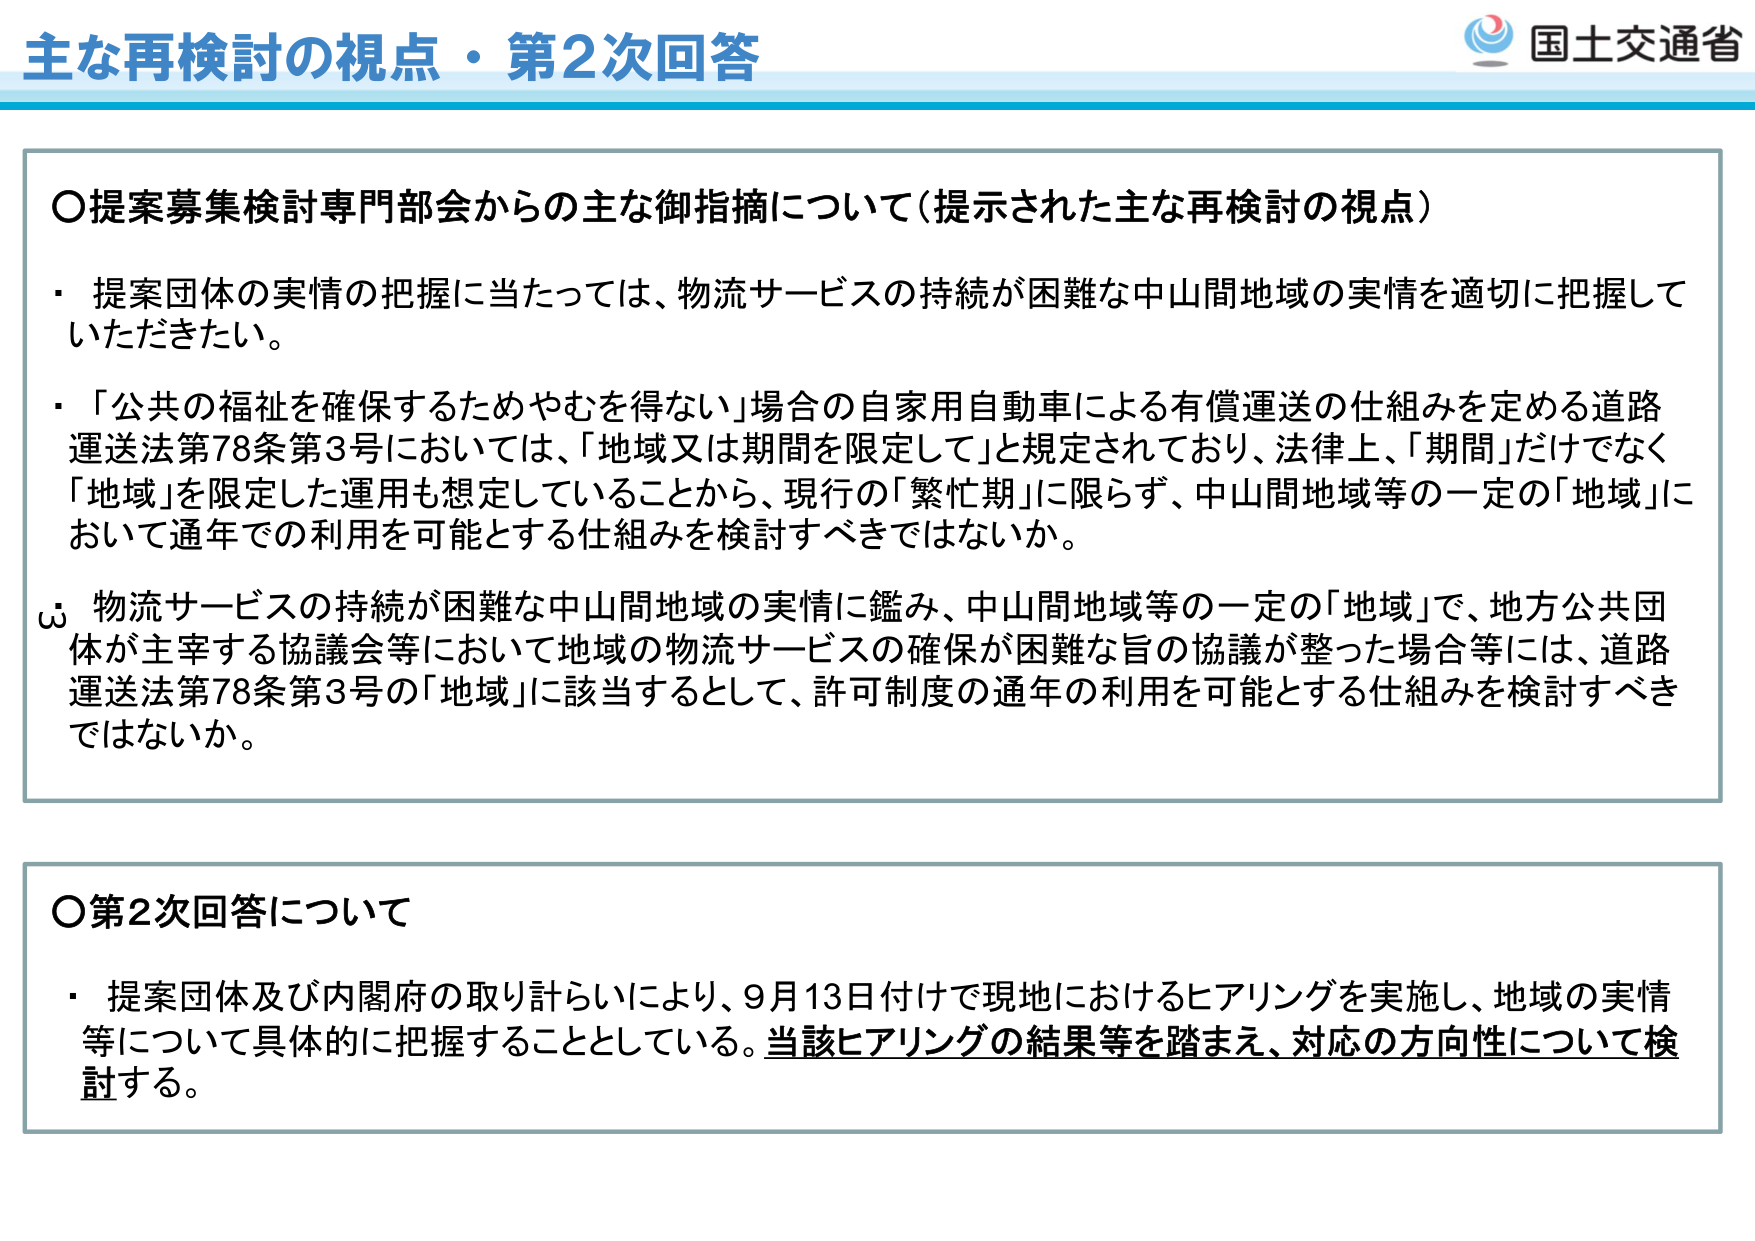
主な再検討の視点・第2次回答

○提案募集検討専門部会からの主な御指摘について（提示された主な再検討の視点）
・提案団体の実情の把握に当たっては、物流サービスの持続が困難な中山間地域の実情を適切に把握していただきたい。
・「公共の福祉を確保するためやむを得ない」場合の自家用自動車による有償運送の仕組みを定める道路運送法第78条第3号においては、「地域又は期間を限定して」と規定されており、法律上、「期間」だけでなく「地域」を限定した運用も想定していることから、現行の「繁忙期」に限らず、中山間地域等の一定の「地域」において通年での利用を可能とする仕組みを検討すべきではないか。
・物流サービスの持続が困難な中山間地域の実情に鑑み、中山間地域等の一定の「地域」で、地方公共団体が主宰する協議会等において地域の物流サービスの確保が困難な旨の協議が整った場合等には、道路運送法第78条第3号の「地域」に該当するとして、許可制度の通年の利用を可能とする仕組みを検討すべきではないか。

○第2次回答について
・提案団体及び内閣府の取り計らいにより、9月13日付けで現地におけるヒアリングを実施し、地域の実情等について具体的に把握することとしている。当該ヒアリングの結果等を踏まえ、対応の方向性について検討する。

国土交通省